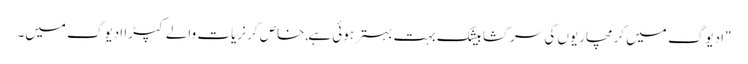
"ادیوگ میں کرمچاریوں کی سرکشا بیشک بہت بہتر ہوئی ہے,خاص کر نریات والے کپڑا ادیوگ میں۔